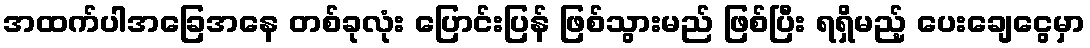
အထက်ပါအခြေအနေ တစ်ခုလုံး ပြောင်းပြန် ဖြစ်သွားမည် ဖြစ်ပြီး ရရှိမည့် ပေးချေငွေမှာ